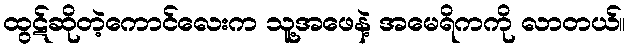
ထွဋ်ဆိုတဲ့ကောင်လေးက သူ့အဖေနဲ့ အမေရိကကို လာတယ်။